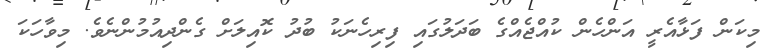
މިކަން ފަޅާއެރީ އަންހެން ކުއްޖެއްގެ ބަދަލުގައި ފިރިހެނަކު ބުދު ކޮއިލަށް ގެންދިއުމުންނެވެ. މިވާހަކަ